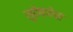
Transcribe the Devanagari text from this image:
सुदेष्णेचा